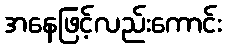
အနေဖြင့်လည်းကောင်း